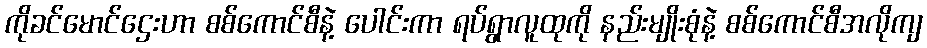
ကိုခင်မောင်ဌေးဟာ စစ်ကောင်စီနဲ့ ပေါင်းကာ ရပ်ရွာလူထုကို နည်းမျိုးစုံနဲ့ စစ်ကောင်စီအလိုကျ